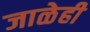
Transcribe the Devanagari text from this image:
जाळेही